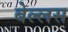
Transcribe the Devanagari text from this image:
बेल्लस